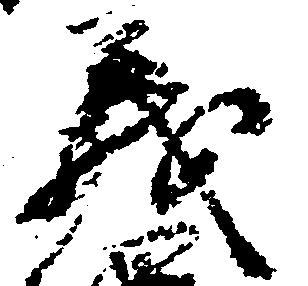
義